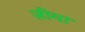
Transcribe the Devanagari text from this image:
ज़ीमा